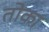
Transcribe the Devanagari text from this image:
तोका